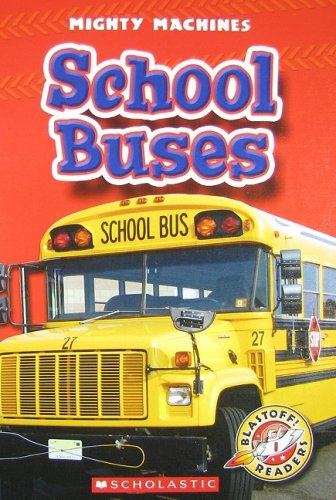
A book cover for School Buses (Blastoff! Readers: Mighty Machines); Kay Manolis; Children's Books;